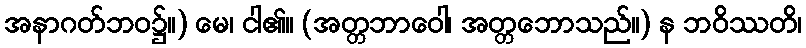
အနာဂတ်ဘဝ၌။) မေ၊ ငါ၏။ (အတ္တဘာဝေါ၊ အတ္တဘောသည်။) န ဘဝိဿတိ၊